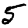
Digit: 5